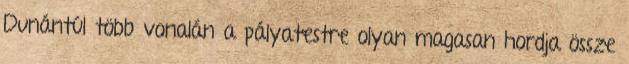
Dunántúl több vonalán a pályatestre olyan magasan hordja össze